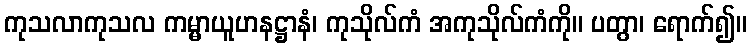
ကုသလာကုသလ ကမ္မာယူဟနဋ္ဌာနံ၊ ကုသိုလ်ကံ အကုသိုလ်ကံကို။ ပတွာ၊ ရောက်၍။